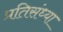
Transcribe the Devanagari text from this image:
प्रतिसंध्या